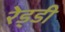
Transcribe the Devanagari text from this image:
रेड्‌डी